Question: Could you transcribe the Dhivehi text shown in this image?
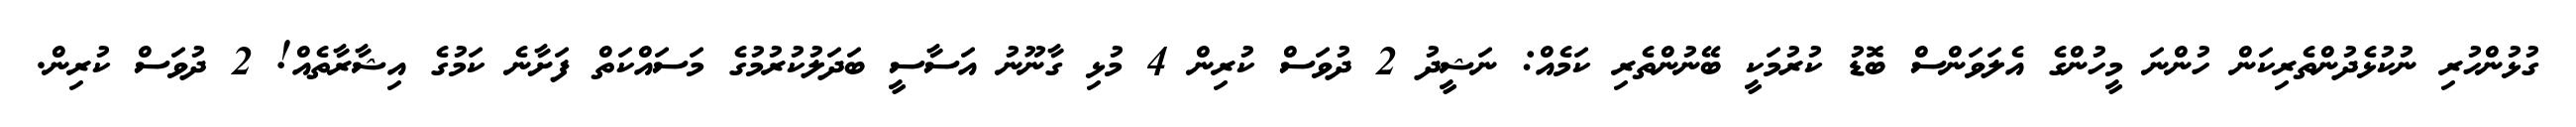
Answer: ގުޅުންހުރި ނުކުޅެދުންތެރިކަން ހުންނަ މީހުންގެ އެލަވަންސް ބޮޑު ކުރުމަކީ ބޭނުންތެރި ކަމެއް: ނަޝީދު 2 ދުވަސް ކުރިން 4 މުޅި ގާނޫނު އަސާސީ ބަދަލުކުރުމުގެ މަސައްކަތް ފަށާނެ ކަމުގެ އިޝާރާތެއް! 2 ދުވަސް ކުރިން.